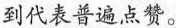
到代表普遍点赞。